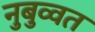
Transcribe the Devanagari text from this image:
नुबुव्वत